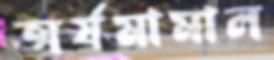
অর্যমামাল